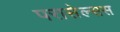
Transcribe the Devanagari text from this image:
परासेल्सस